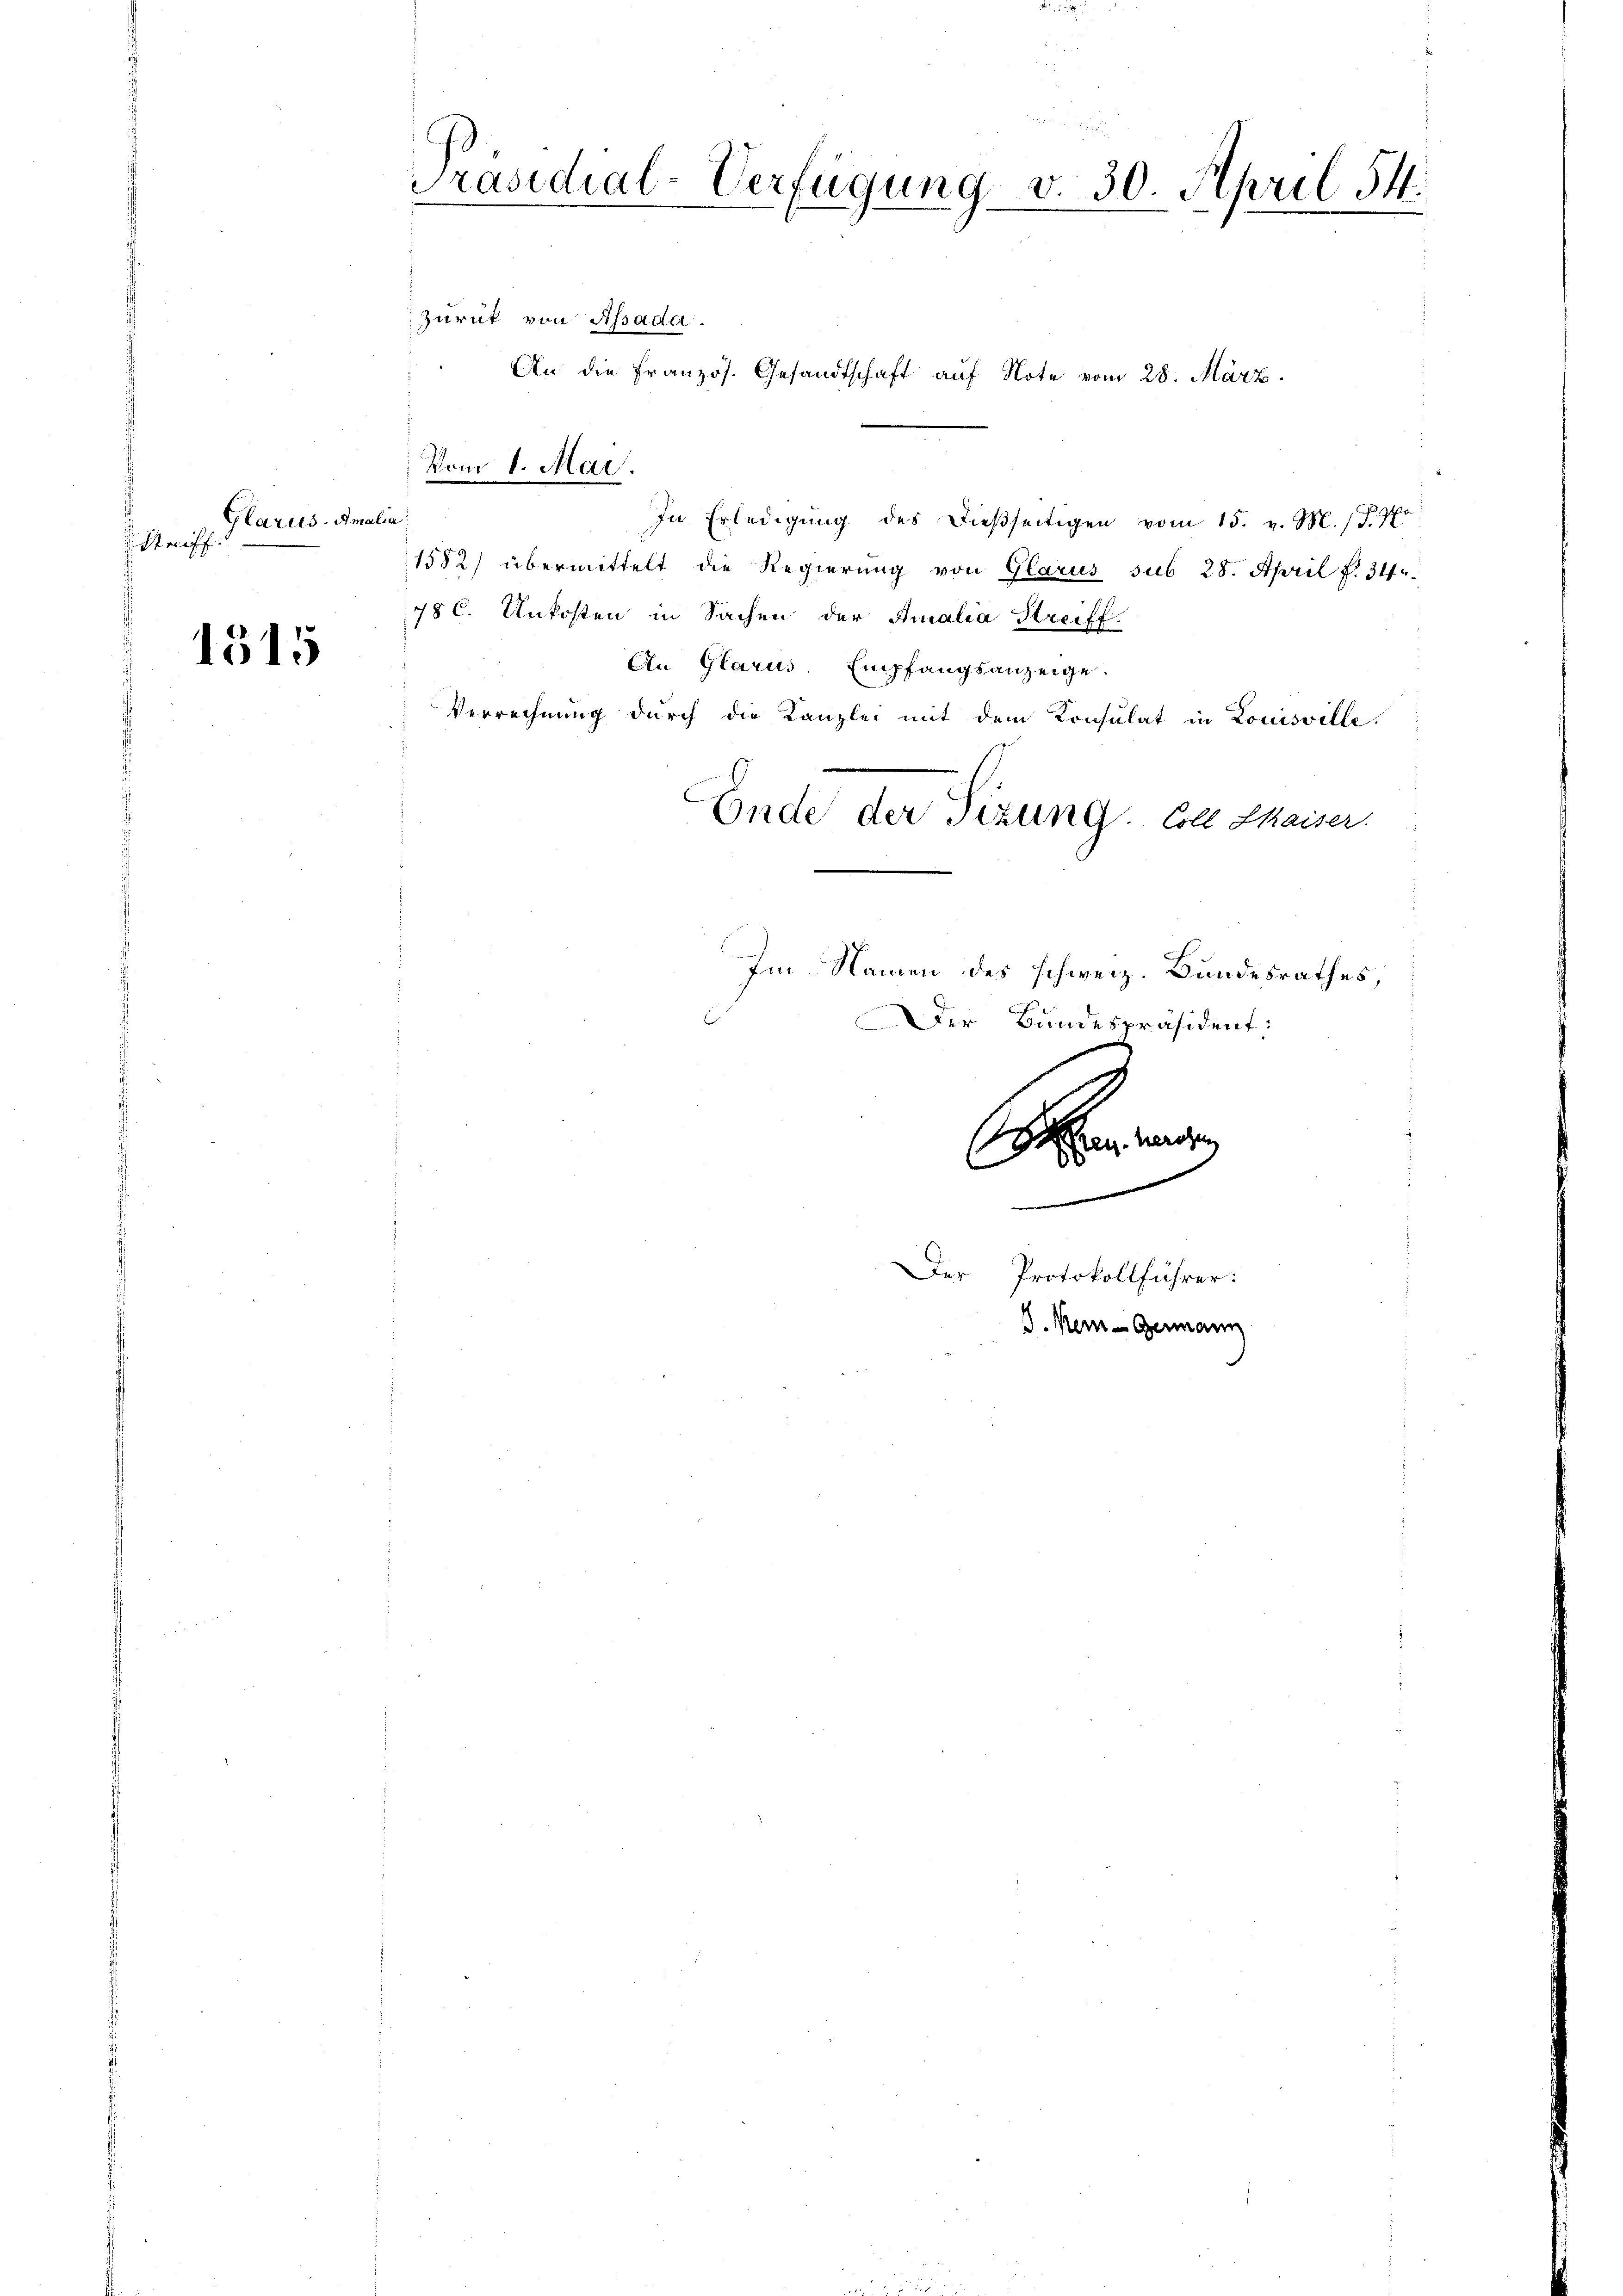
Glarus.- Amalia:
Streiff

1315

Präsidial-Verfügung v. 30. April 14.
Zurück von Assada.

Vom 1. Mai.

An die Französ. Gesandtschaft auf Note vom 28. März.
In Erledigŭng des dießseitigen vom 15. v. M. D. P.
1582) übermittelt die Regierung von Glarus sub 28. April f. 34
78 C. Unkosten in Sachen der Amalia Streiff.
An Glarus Empfangsanzeige
Verrechnung durch die Kanzlei mit dem Konsulat in Louisville.
Ende der Tizung. Coll Waiser.
Im Namen des schweiz. Bundesrathes,
Der Bundespräsident:

Der Protokollführer:
J. Kein Germann